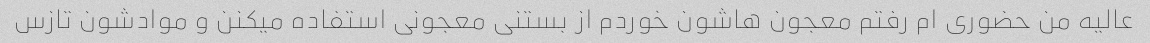
عالیه من حضوری ام رفتم معجون هاشون خوردم از بستنی معجونی استفاده میکنن و موادشون تازس